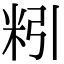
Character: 粌